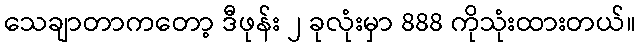
သေချာတာကတော့ ဒီဖုန်း ၂ ခုလုံးမှာ 888 ကိုသုံးထားတယ်။